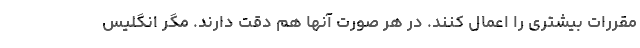
مقررات بیشتری را اعمال کنند. در هر صورت آنها هم دقت دارند. مگر انگلیس